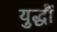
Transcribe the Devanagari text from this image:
युद्धौं